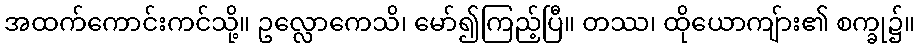
အထက်ကောင်းကင်သို့။ ဥလ္လောကေသိ၊ မော်၍ကြည့်ပြီ။ တဿ၊ ထိုယောကျ်ား၏ စက္ခု၌။